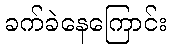
ခက်ခဲနေကြောင်း